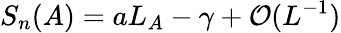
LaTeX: S_{n}(A)=aL_{A}-\gamma+\mathcal{O}(L^{-1})